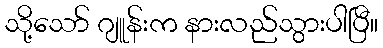
သို့သော် ဂျူန်းက နားလည်သွားပါပြီ။